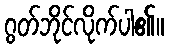
ဂွတ်ဘိုင်လိုက်ပါ၏။